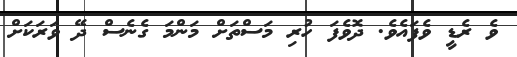
ވެ ރެޑީ ވެފައެވެ. ދޮވެފަ ހުރި މަސްތަށް މަންމަ ގެނެސް ދޭ ވަރަކަށް